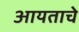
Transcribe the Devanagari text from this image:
आयताचे